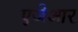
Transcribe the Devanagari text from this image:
एजेआर